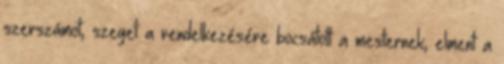
szerszámot, szeget a rendelkezésére bocsátott a mesternek, elment a